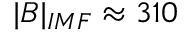
| B | _ { I M F } \approx 3 1 0